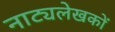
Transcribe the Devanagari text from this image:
नाट्यलेखकों